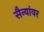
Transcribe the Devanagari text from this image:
सैन्यांवर